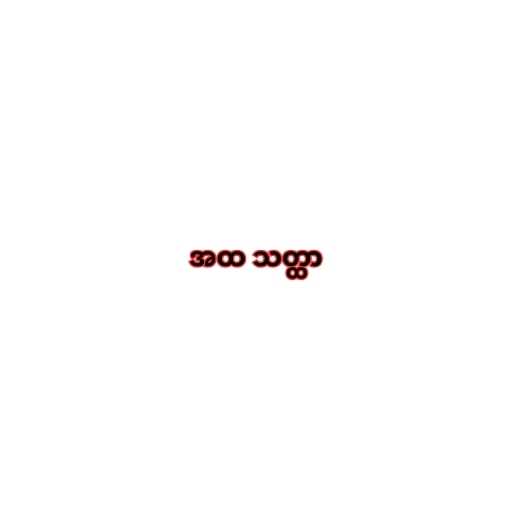
အထ သတ္ထာ